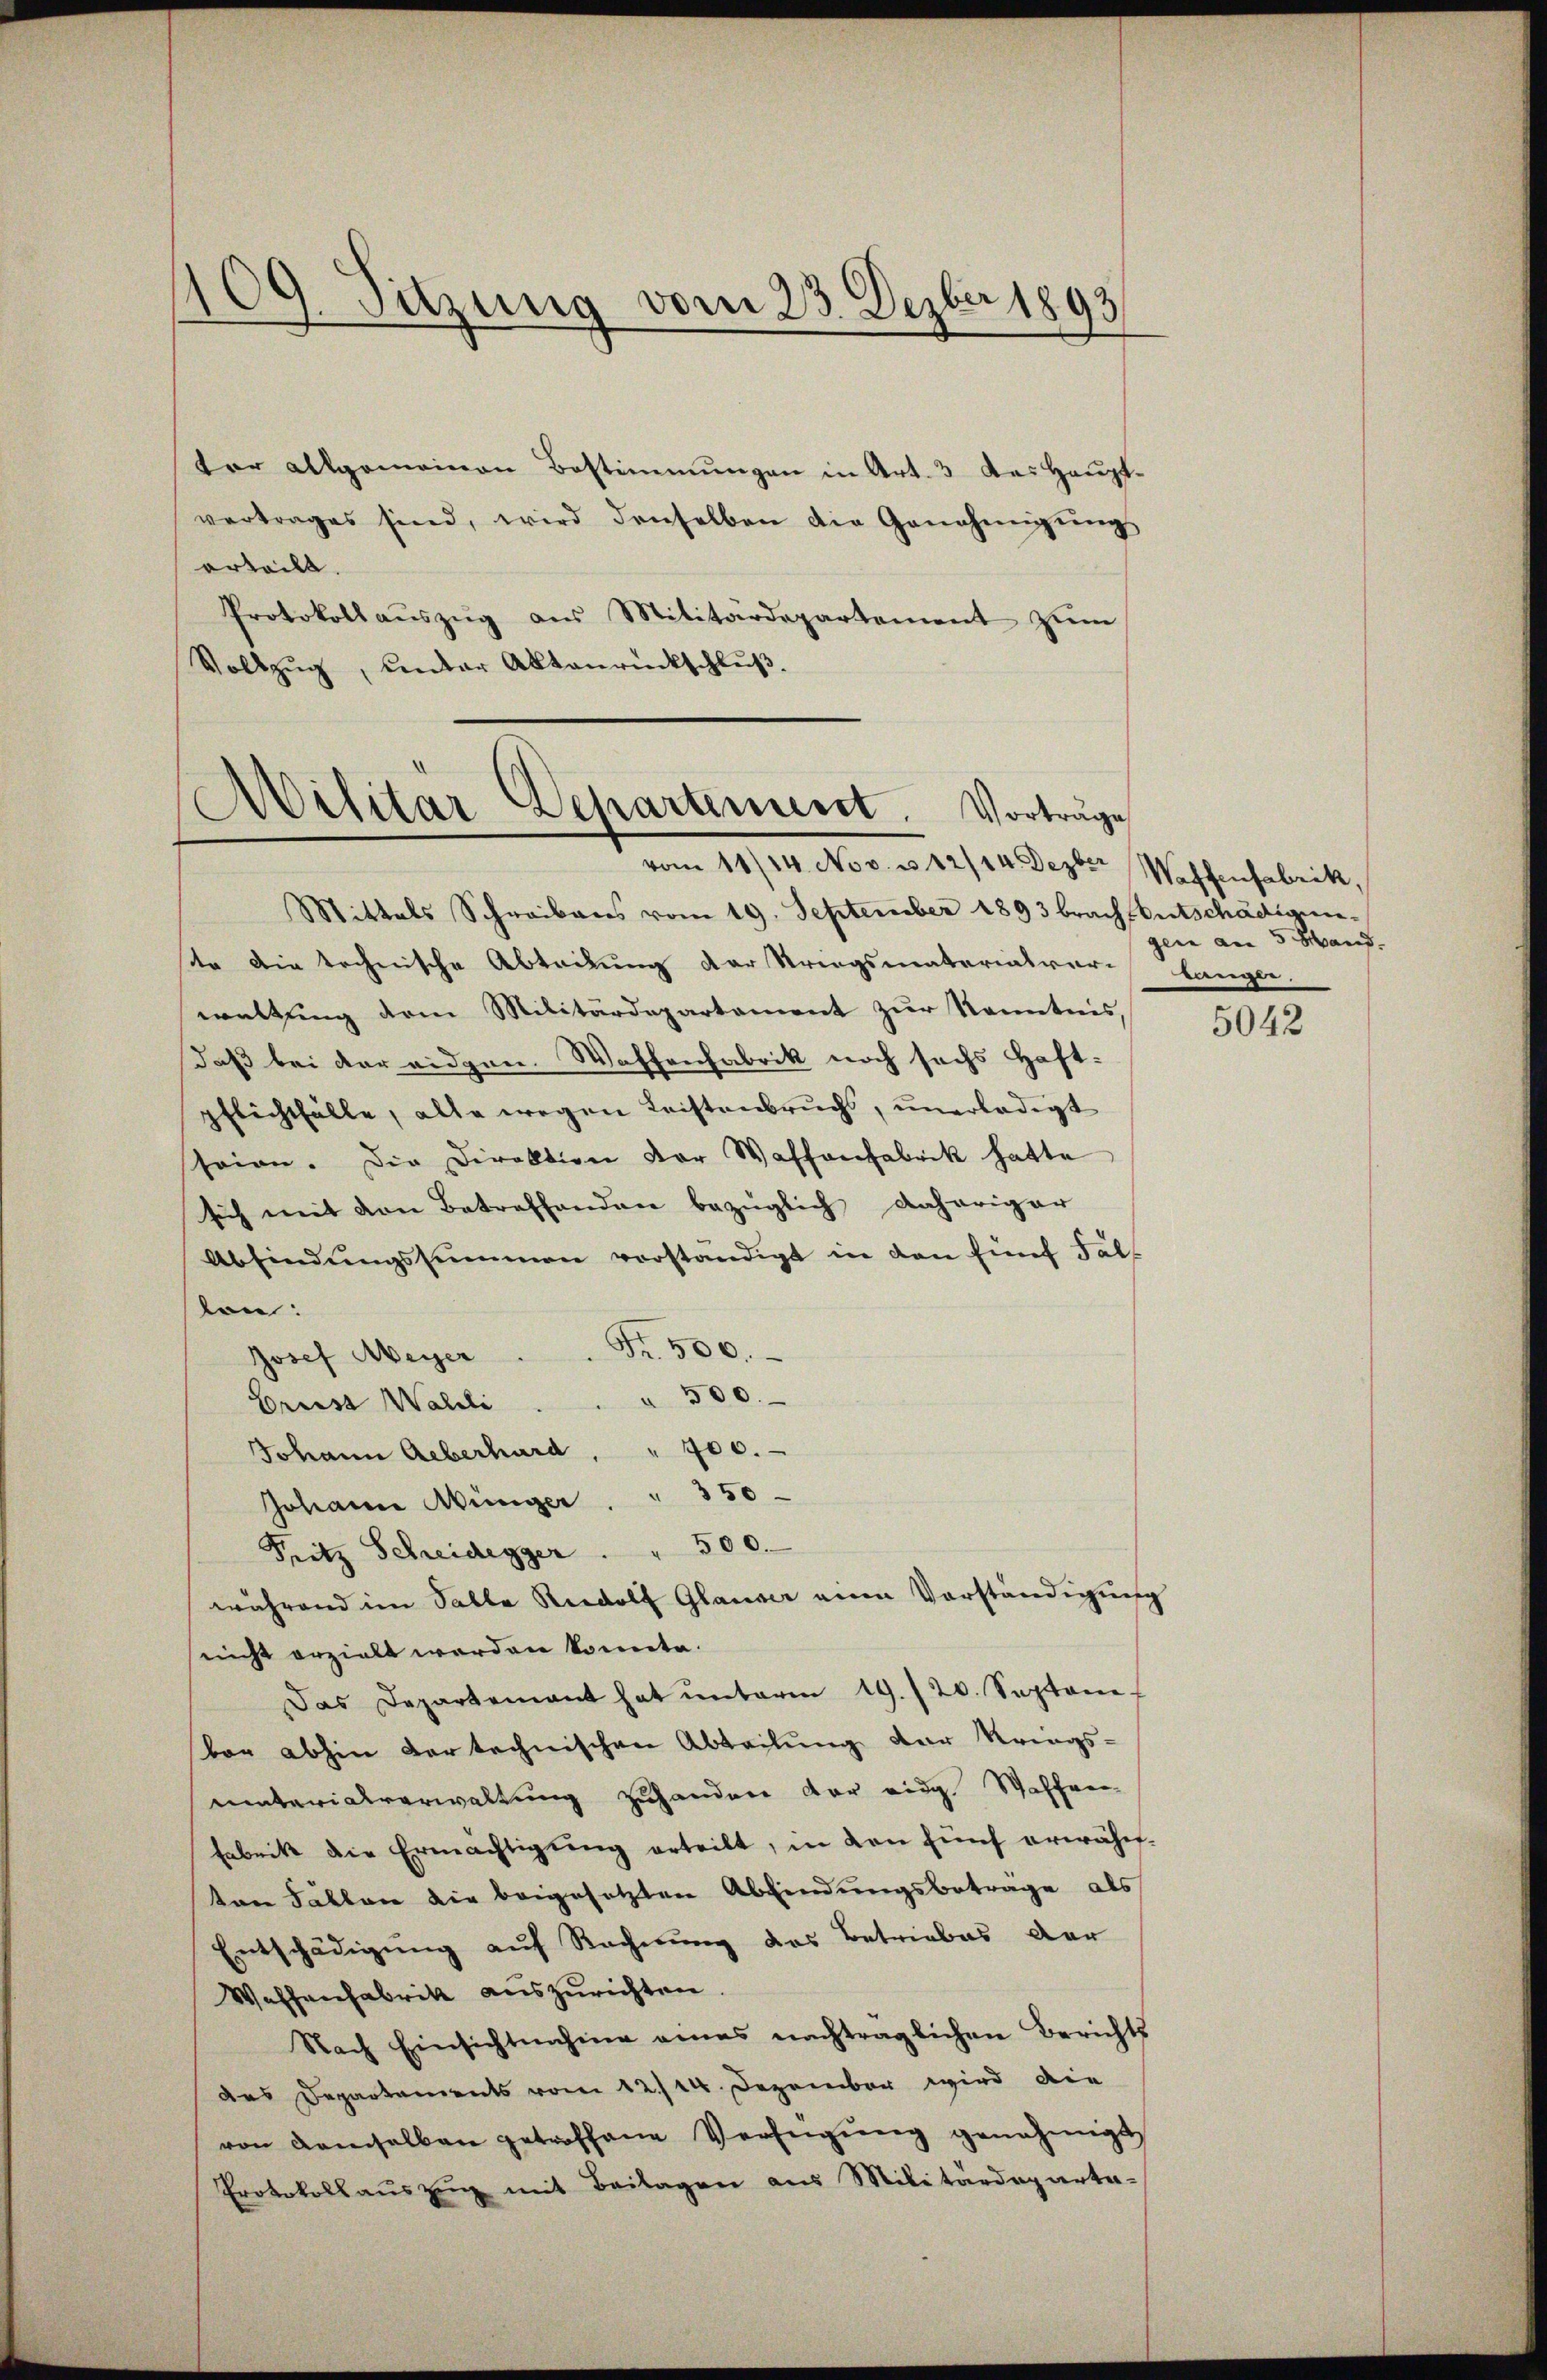
109. Sitzung vom 23. Dezber 1893

tor allgemeinen Bestimmungen in Art. 3 des Hauptvertrages sind, wird denselben die Genehmigŭng
erteilt.
Protokoll aŭszŭg aŭs Militärdepartement zŭm
Vollzŭg, unter Aktenrückschlŭβ

Militär-Departement. Vorträge
vom 11/14. Nov. v. 12/14 Dezber Waffenfabrik,

Mittels Schreibens vom 19. September 1893 brach Entschädigunte die technische Abteilung der Kriegsmaterialver-
waltung dem Militärdepartement zur Kenntnis
daß bei der eidgen. Woffenfabrik noch sechs Haft-
pflichtfälle, alle wegen Leistenbruchs, unerledigt
seien. Die Direktion der Waffenfabrik hatte
sich mit den Betreffenden bezüglich daheriger
Abfindŭngssummen vorständigt in den fünf Fall
len:
Fr. 500.
Josef Meyer
500.
Brust Waldli
Johann Aeberhard " 700.
50
Johann Wünger
Pritz Schreidegger . " 500.
während im Salle Rudolf Glauser eine Vorständigung
nicht erzielt werden konnte.
Das Departement hat ŭnterm 19./20. Septem-
ber abhin der technischen Abteilung der Kriegs-
unterialverwaltung zuhander der ein Waffee-
Eabrik die Ermächtigung erteilt, in den fünf erwähnten Fallen die beigesetzten Abfindungsbeträge als
Entschädigung auf Recherung des Betriebes der
Waffenfabrik auszurichten
Nach Einsichtnahme eines nachträglichen Berichts
des Departements vom 12./14. Dezember wird die
von demselben getroffene Verfügŭng genehmigt
Protokollauszug mit Beilagen aus Militärdeparta-

gen an 5 Hand.
bengen,

5042